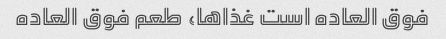
فوق العاده است غذاها، طعم فوق العاده